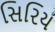
સિરિય